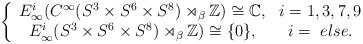
LaTeX: \begin{align*}\left\{\begin{array}{cc}E_\infty^i(C^{\infty}(S^3 \times S^{6} \times S^{8}) \rtimes_\beta\mathbb{Z})\cong \mathbb{C}, & i= 1,3,7,9\\E_\infty^i(S^3 \times S^{6} \times S^{8}) \rtimes_\beta \mathbb{Z})\cong \{0\},& i=\ else .\end{array}\right.\end{align*}